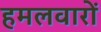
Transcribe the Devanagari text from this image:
हमलवारों